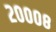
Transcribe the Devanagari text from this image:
२०००८